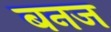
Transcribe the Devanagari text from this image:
बनज